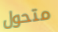
متحول